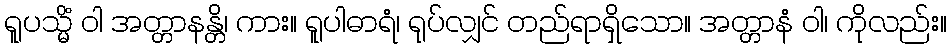
ရူပသ္မိံ ဝါ အတ္တာနန္တိ၊ ကား။ ရူပါဓာရံ၊ ရုပ်လျှင် တည်ရာရှိသော။ အတ္တာနံ ဝါ၊ ကိုလည်း။